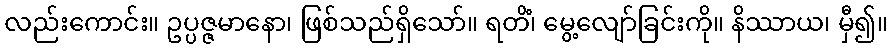
လည်းကောင်း။ ဥပ္ပဇ္ဇမာနော၊ ဖြစ်သည်ရှိသော်။ ရတိံ၊ မွေ့လျော်ခြင်းကို။ နိဿာယ၊ မှီ၍။